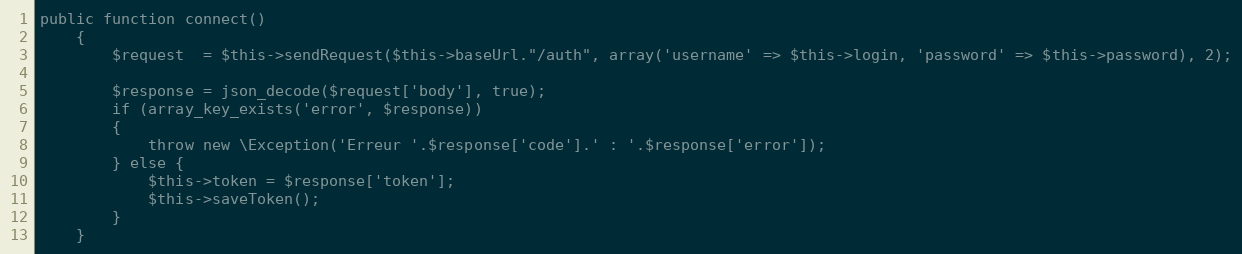
Language: PHP
public function connect()
	{
		$request  = $this->sendRequest($this->baseUrl."/auth", array('username' => $this->login, 'password' => $this->password), 2);

		$response = json_decode($request['body'], true);
		if (array_key_exists('error', $response))
		{
			throw new \Exception('Erreur '.$response['code'].' : '.$response['error']);
		} else {
			$this->token = $response['token'];
			$this->saveToken();
		}
	}